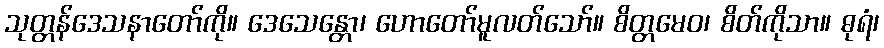
သုတ္တန်ဒေသနာတော်ကို။ ဒေသေန္တော၊ ဟောတော်မူလတ်သော်။ စိတ္တမေဝ၊ စိတ်ကိုသာ။ ဓုရံ၊